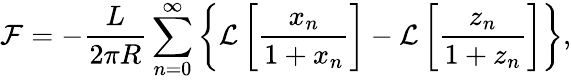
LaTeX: \mathcal{F}=-\frac{L}{2\pi R}\sum_{n=0}^{\infty}\left\{ \mathcal{L}\left[\frac{x_{n}}{1+x_{n}}\right]-\mathcal{L}\left[\frac{z_{n}}{1+z_{n}}\right]\right\} ,